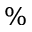
\%